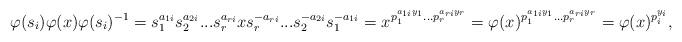
LaTeX: \begin{align*}\varphi(s_i)\varphi(x)\varphi(s_i)^{-1}=s_1^{a_{1i}}s_2^{a_{2i}}...s_r^{a_{ri}}x s_r^{-a_{ri}}...s_2^{-a_{2i}}s_1^{-a_{1i}}=x^{p_1^{a_{1i}y_1}...p_r^{a_{ri}y_r}}=\varphi(x)^{p_1^{a_{1i}y_1}...p_r^{a_{ri}y_r}}=\varphi(x)^{p_i^{y_i}},\end{align*}